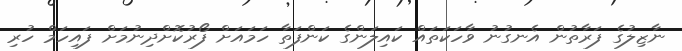
ނާޒިލުގެ ފަރާތުން އެނގުނު ވާހަކަތައް ކައިލަންގެ ކަންފަތާ ހަމައަށް ފޯރުކޮށްދިނުމަށް ފައިހަމް ހުރި